Insane asylums Bombay 1873-77 - 1873-1877
Year: 1873
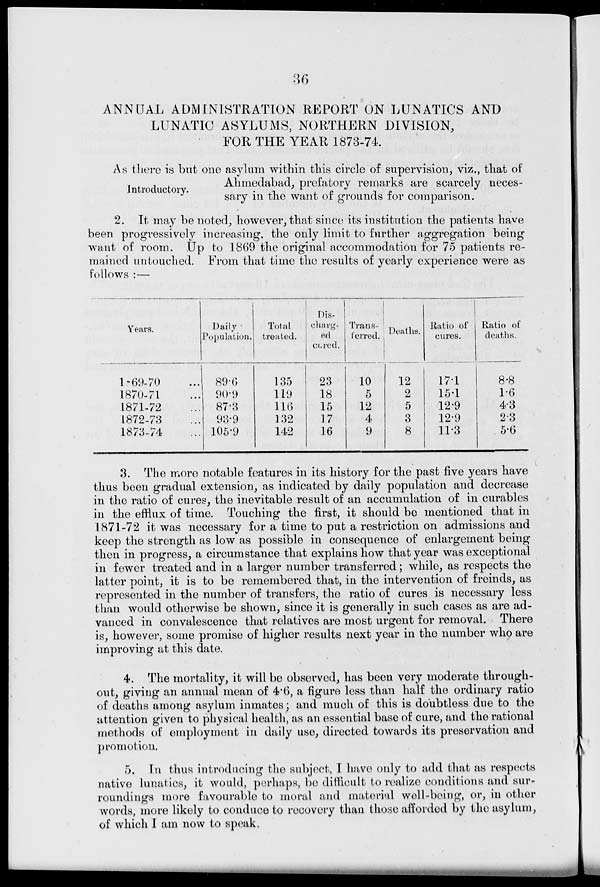
36
ANNUAL ADMINISTRATION REPORT ON LUNATICS AND
LUNATIC ASYLUMS, NORTHERN DIVISION,
FOR THE YEAR 1873-74.
Introductory.
As there is but one asylum within this circle of supervision, viz.. that of
Ahmedabad, prefatory remarks are scarcely neces-
sary in the want of grounds for comparison.
2. It may be noted, however, that since its institution the patients have
been progressively increasing, the only limit to further aggregation being
want of room. Up to 1869 the original accommodation for 75 patients re-
mained untouched. From that time the results of yearly experience were as
follows :—
Years.
1-69-70 ...
1870-71...
1871-72 ...
1872-73 ...
1873-74 ...
Daily
Population.
89.6
90.9
87.3
93.9
105.9
Total
treated.
135
119
116
132
142
Dis-
charg-
ed
cured.
23
18
15
17
16
Transferred.
10
5
12
4
9
Deaths.
12
2
5
3
8
Ratio of
cures.
17.1
15.1
12.9
12.9
11.3
Ratio of
deaths.
8.8
1.6
4.3
2.3
5.6
3. The more notable features in its history for the past five years have
thus been gradual extension, as indicated by daily population and decrease
in the ratio of cures, the inevitable result of an accumulation of in curables
in the efflux of time. Touching the first, it should be mentioned that in
1871-72 it was necessary for a time to put a restriction on admissions and
keep the strength as low as possible in consequence of enlargement being
then in progress, a circumstance that explains how that year was exceptional
in fewer treated and in a larger number transferred; while, as respects the
latter point, it is to be remembered that, in the intervention of freinds, as
represented in the number of transfers, the ratio of cures is necessary less
than would otherwise be shown, since it is generally in such cases as are ad-
vanced in convalescence that relatives are most urgent for removal. There
is, however, some promise of higher results next year in the number who are
improving at this date.
4. The mortality, it will be observed, has been very moderate through-
out, giving an annual mean of 4.6, a figure less than half the ordinary ratio
of deaths among asylum inmates; and much of this is doubtless due to the
attention given to physical health, as an essential base of cure, and the rational
methods of employment in daily use, directed towards its preservation and
promotion.
5. In thus introducing the subject, I have only to add that as respects
native lunatics, it would, perhaps, be difficult to realize conditions and sur-
roundings more favourable to moral and material well-being, or, in other
words, more likely to conduce to recovery than those afforded by the asylum,
of which I am now to speak.